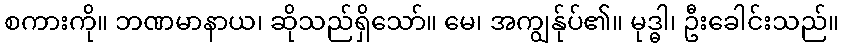
စကားကို။ ဘဏမာနာယ၊ ဆိုသည်ရှိသော်။ မေ၊ အကျွန်ုပ်၏။ မုဒ္ဓါ၊ ဦးခေါင်းသည်။